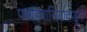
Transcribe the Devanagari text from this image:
परग्रहवासियाकडून